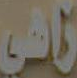
زافي